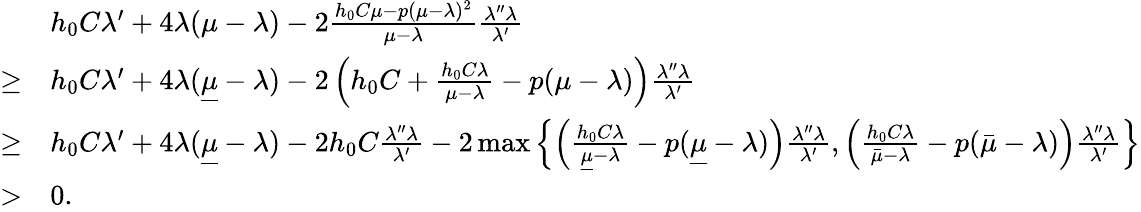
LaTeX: \begin{array}{rl}&{h_{0}C\lambda^{\prime}+4\lambda(\mu-\lambda)-2\frac{h_{0}C\mu-p(\mu-\lambda)^{2}}{\mu-\lambda}\frac{\lambda^{\prime\prime}\lambda}{\lambda^{\prime}}}\\ {\geq}&{h_{0}C\lambda^{\prime}+4\lambda(\underline{{\mu}}-\lambda)-2\left(h_{0}C+\frac{h_{0}C\lambda}{\mu-\lambda}-p(\mu-\lambda)\right)\frac{\lambda^{\prime\prime}\lambda}{\lambda^{\prime}}}\\ {\geq}&{h_{0}C\lambda^{\prime}+4\lambda(\underline{{\mu}}-\lambda)-2h_{0}C\frac{\lambda^{\prime\prime}\lambda}{\lambda^{\prime}}-2\operatorname*{max}\left\{ \left(\frac{h_{0}C\lambda}{\underline{{\mu}}-\lambda}-p(\underline{{\mu}}-\lambda)\right)\frac{\lambda^{\prime\prime}\lambda}{\lambda^{\prime}},\left(\frac{h_{0}C\lambda}{\bar{\mu}-\lambda}-p(\bar{\mu}-\lambda)\right)\frac{\lambda^{\prime\prime}\lambda}{\lambda^{\prime}}\right\} }\\ {>}&{0.}\end{array}